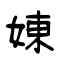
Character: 娻